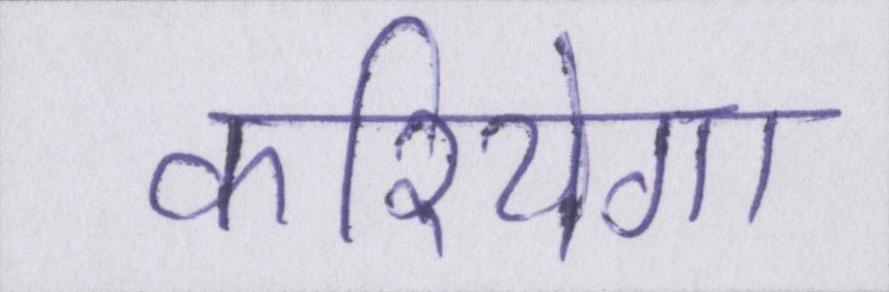
करियेगा